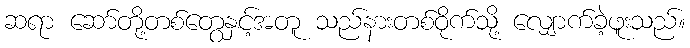
ဆရာ ဆော်တို့တစ်တွေနှင့်အတူ သည်နားတစ်ဝိုက်သို့ လျှောက်ခဲ့ဖူးသည်။